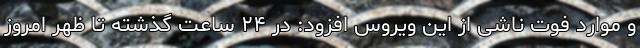
و موارد فوت ناشی از این ویروس افزود: در ۲۴ ساعت گذشته تا ظهر امروز